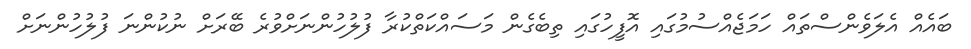
ބައެއް އެލަވެންސްތައް ހަމަޖެއްސުމުގައި އޮފީހުގައި ތިބެގެން މަސައްކަތްކުރާ ފުލުހުންނަށްވުރެ ބޭރަށް ނުކުންނަ ފުލުހުންނަށް